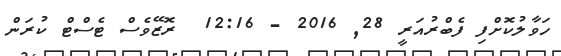
ހަވާލުކޮށްފި ފެބްރުއަރީ 28